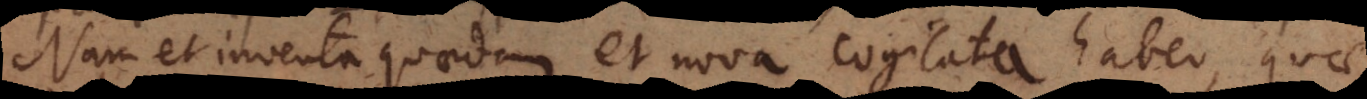
Nam et inventa quaedam et nova cogitata habeo, quae